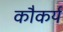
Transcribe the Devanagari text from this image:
कौकर्य